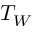
T _ { W }